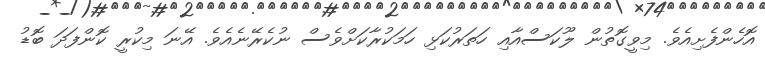
އޮހެންފެށިއެވެ. މިވީގޮތުން ލޫކަސްއާއި ހަތަރުކަޅި ހަމަކުރާކަށްވެސް ނުކެރޭނެއެވެ. އޭނަ މިކުރީ ކޮންފަދަ ބޮޑު